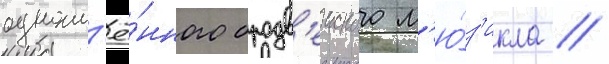
одноим'ё́нного бродв'еиского м'ю́з'икла /